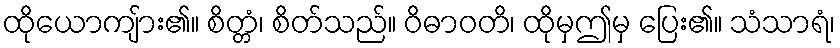
ထိုယောကျ်ား၏။ စိတ္တံ၊ စိတ်သည်။ ဝိဓာဝတိ၊ ထိုမှဤမှ ပြေး၏။ သံသာရံ၊